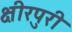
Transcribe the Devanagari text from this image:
क्षीरपुरी